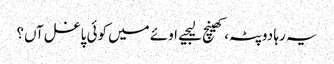
یہ رہا دوپٹہ، کھینچ لیجیے	اوئے میں کوئی پاغل آں؟